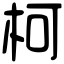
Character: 柯